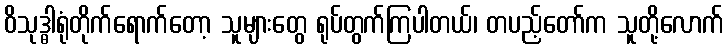
ဝိသုဒ္ဓါရုံတိုက်ရောက်တော့ သူများတွေ ရုပ်တွက်ကြပါတယ်၊ တပည့်တော်က သူတို့လောက်